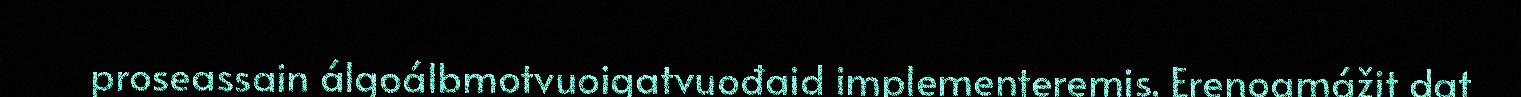
proseassain álgoálbmotvuoigatvuođaid implementeremis. Erenoamážit dat